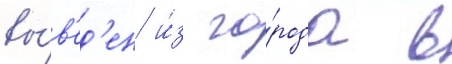
вы́в'ед'ен и́з го́рода в